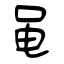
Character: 黾